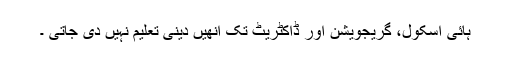
ہائی اسکول، گریجویشن اور ڈاکٹریٹ تک انھیں دینی تعلیم نہیں دی جاتی ۔